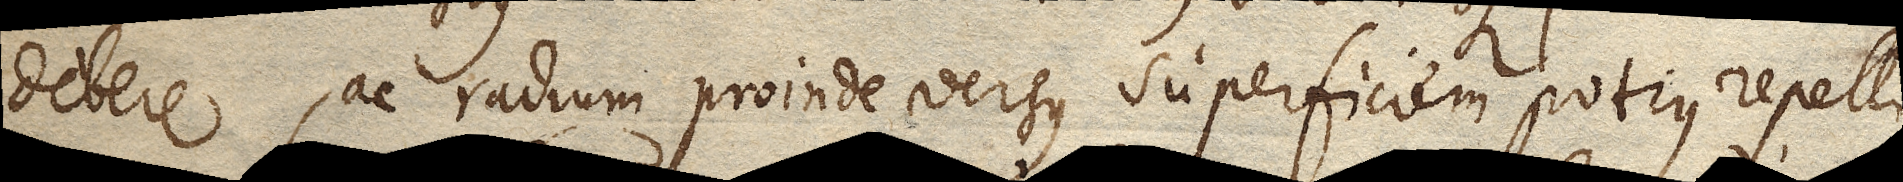
debere, ac radium proinde versus superficiem potius repelli,